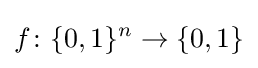
f\colon \{0,1\}^{n}\rightarrow \{0,1\}